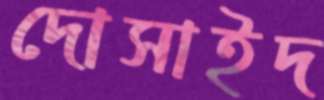
দোসাইদ